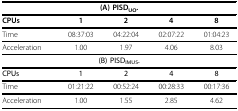
<table><thead><tr><td colspan="5"><b>(A) PISD<sub>UO</sub>.</b></td></tr></thead><tbody><tr><td><b>CPUs</b></td><td><b>1</b></td><td><b>2</b></td><td><b>4</b></td><td><b>8</b></td></tr><tr><td>Time</td><td>08:37:03</td><td>04:22:04</td><td>02:07:22</td><td>01:04:23</td></tr><tr><td>Acceleration</td><td>1.00</td><td>1.97</td><td>4.06</td><td>8.03</td></tr><tr><td colspan="5"><b>(B) PISD<sub>IMUS</sub>.</b></td></tr><tr><td><b>CPUs</b></td><td><b>1</b></td><td><b>2</b></td><td><b>4</b></td><td><b>8</b></td></tr><tr><td>Time</td><td>01:21:22</td><td>00:52:24</td><td>00:28:33</td><td>00:17:36</td></tr><tr><td>Acceleration</td><td>1.00</td><td>1.55</td><td>2.85</td><td>4.62</td></tr></tbody></table>